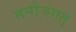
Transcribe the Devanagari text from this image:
मनोजगत्